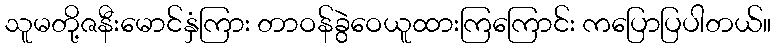
သူမတို့ဇနီးမောင်နှံကြား တာဝန်ခွဲဝေယူထားကြကြောင်း ကပြောပြပါတယ်။